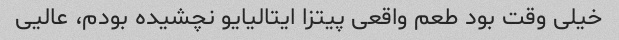
خیلی وقت بود طعم واقعی پیتزا ایتالیایو نچشیده بودم، عالیی